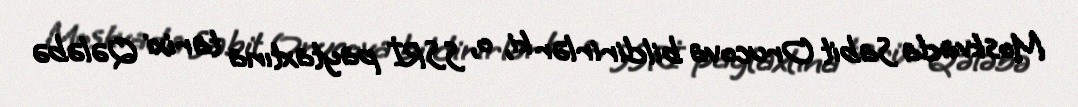
Moskvada Sabit Orucova bildirirlər ki, o, SSRİ paytaxtına tarixi Qələbə